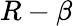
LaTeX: R-\beta